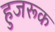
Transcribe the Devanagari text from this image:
हुजरूक